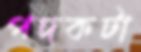
পদকটা